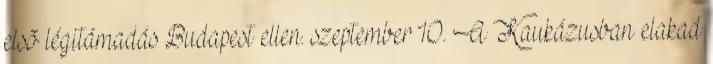
elsõ légitámadás Budapest ellen. szeptember 10. A Kaukázusban elakad